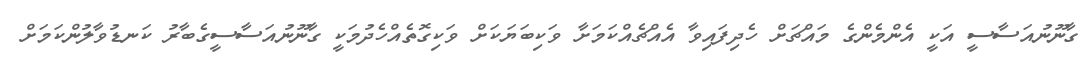
ގާނޫނުއަސާސީ އަކީ އެންމެންގެ މައްޗަށް ހެދިފައިވާ އެއްޗެއްކަމަށާ ވަކިބަޔަކަށް ވަކިގޮތެއްހެދުމަކީ ގާނޫނުއަސާސީގެބާރު ކަނޑުވާލުންކަމަށް